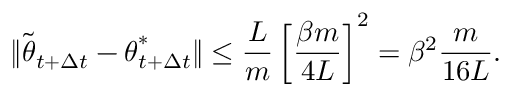
\lVert \tilde { { \boldsymbol { \theta } } } _ { t + \Delta t } - { \boldsymbol { \theta } } _ { t + \Delta t } ^ { * } \rVert \leq \frac { L } { m } \left[ \frac { \beta m } { 4 L } \right] ^ { 2 } = \beta ^ { 2 } \frac { m } { 1 6 L } .